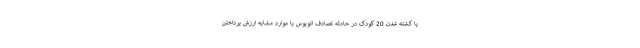
یا کشته شدن 20 کودک در حادثه تصادف اتوبوس یا موارد مشابه ارزش پرداختن